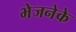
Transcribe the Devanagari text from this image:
भेजनेके